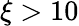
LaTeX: \xi>10